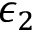
\epsilon _ { 2 }